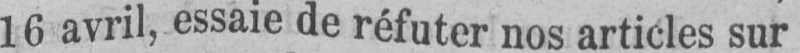
16 avril, essaie de réfuter nos articles sur